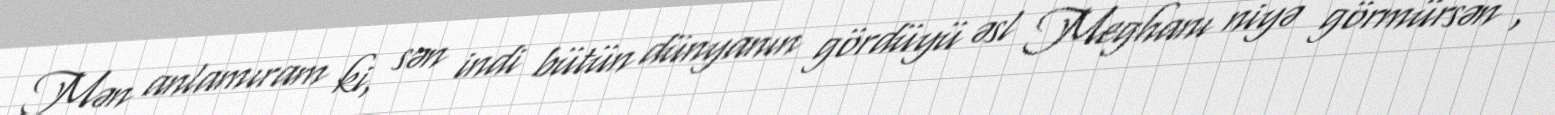
Mən anlamıram ki, sən indi bütün dünyanın gördüyü əsl Meghanı niyə görmürsən",